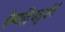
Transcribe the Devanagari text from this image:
हेमाद्रिचतुर्वर्गं